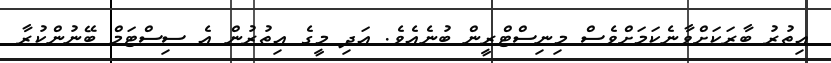
އިތުރު ބާރަކަށްވާނެކަމަށްވެސް މިނިސްޓްރީން ބުނެއެވެ. އަދި މީގެ އިތުރުން އެ ސިސްޓަމް ބޭނުންކުރާ